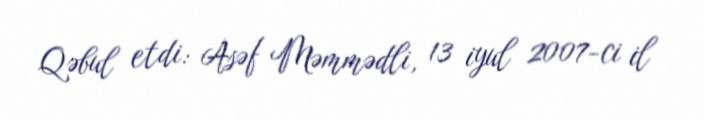
Qəbul etdi: Asəf Məmmədli, 13 iyul 2007-ci il